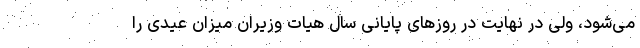
می‌شود، ولی در نهایت در روزهای پایانی سال هیات وزیران میزان عیدی را